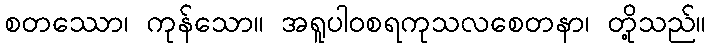
စတဿော၊ ကုန်သော။ အရူပါဝစရကုသလစေတနာ၊ တို့သည်။